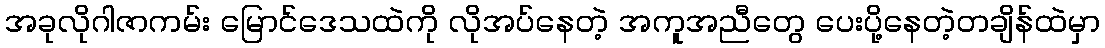
အခုလိုဂါဇာကမ်း မြောင်ဒေသထဲကို လိုအပ်နေတဲ့ အကူအညီတွေ ပေးပို့နေတဲ့တချိန်ထဲမှာ